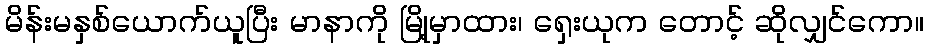
မိန်းမနှစ်ယောက်ယူပြီး မာနာကို မြို့မှာထား၊ ရှေးယုက တောင့် ဆိုလျှင်ကော။